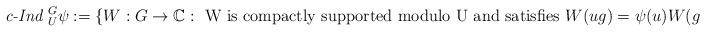
LaTeX: \begin{align*}\textit{c-Ind }_{U}^{G}\psi := \{ W:G \rightarrow \mathbb{C} :\text{ W is compactly supported modulo U and satisfies } W(ug)=\psi(u) W(g)\},\end{align*}